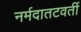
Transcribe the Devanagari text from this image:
नर्मदातटवर्ती